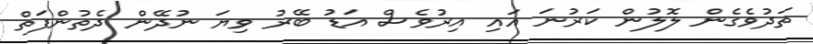
ތަދުވެގެން ލޮލުން ކަރުނަ އައި އިރުވެސް އަޑު ބޭރު ވިޔަ ނުދޭން ދެތުންފަތް